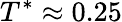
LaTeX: T^{*}\approx 0.25